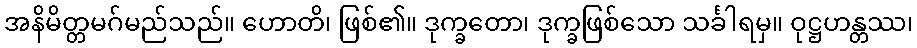
အနိမိတ္တမဂ်မည်သည်။ ဟောတိ၊ ဖြစ်၏။ ဒုက္ခတော၊ ဒုက္ခဖြစ်သော သင်္ခါရမှ။ ဝုဋ္ဌဟန္တဿ၊